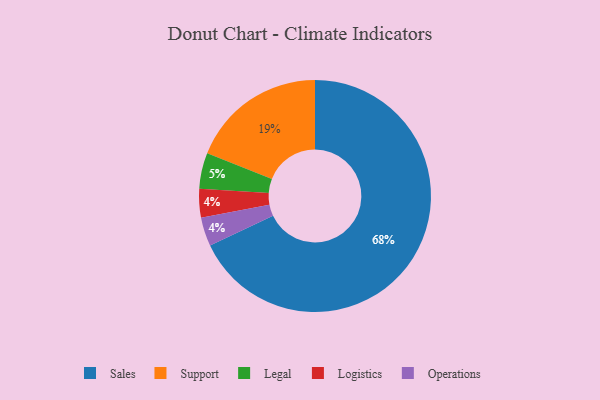
{"axis": {"x": "Category", "y": "Percentage"}, "legend": ["Legal", "Logistics", "Operations", "Sales", "Support"], "data": [{"x": "Sales", "y": 68, "type": "Sales"}, {"x": "Support", "y": 19, "type": "Support"}, {"x": "Logistics", "y": 4, "type": "Logistics"}, {"x": "Legal", "y": 5, "type": "Legal"}, {"x": "Operations", "y": 4, "type": "Operations"}]}